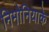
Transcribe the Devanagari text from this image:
निमोनियाके